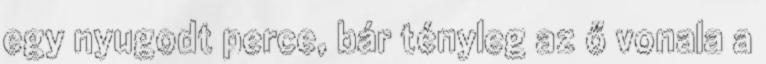
egy nyugodt perce, bár tényleg az ő vonala a